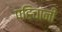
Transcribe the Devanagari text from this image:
पहिचानी